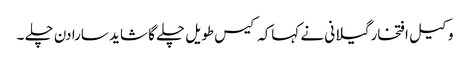
وکیل افتخار گیلانی نے کہاکہ کیس طویل چلے گا شاید سارا دن چلے ۔